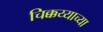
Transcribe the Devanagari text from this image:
चिक्कय्याच्या